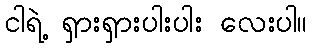
ငါရဲ့ ရှားရှားပါးပါး လေးပါ။